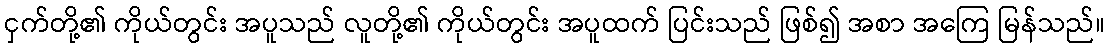
ငှက်တို့၏ ကိုယ်တွင်း အပူသည် လူတို့၏ ကိုယ်တွင်း အပူထက် ပြင်းသည် ဖြစ်၍ အစာ အကြေ မြန်သည်။